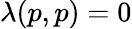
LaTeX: \lambda(p,p)=0